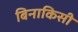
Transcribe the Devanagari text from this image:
बिनाकिसी